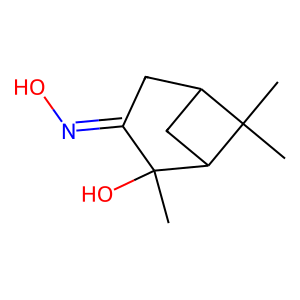
SMILES: CC1(O)C(=NO)CC2CC1C2(C)C
Inhibits HIV replication: No